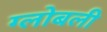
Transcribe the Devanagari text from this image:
ग्लोबली